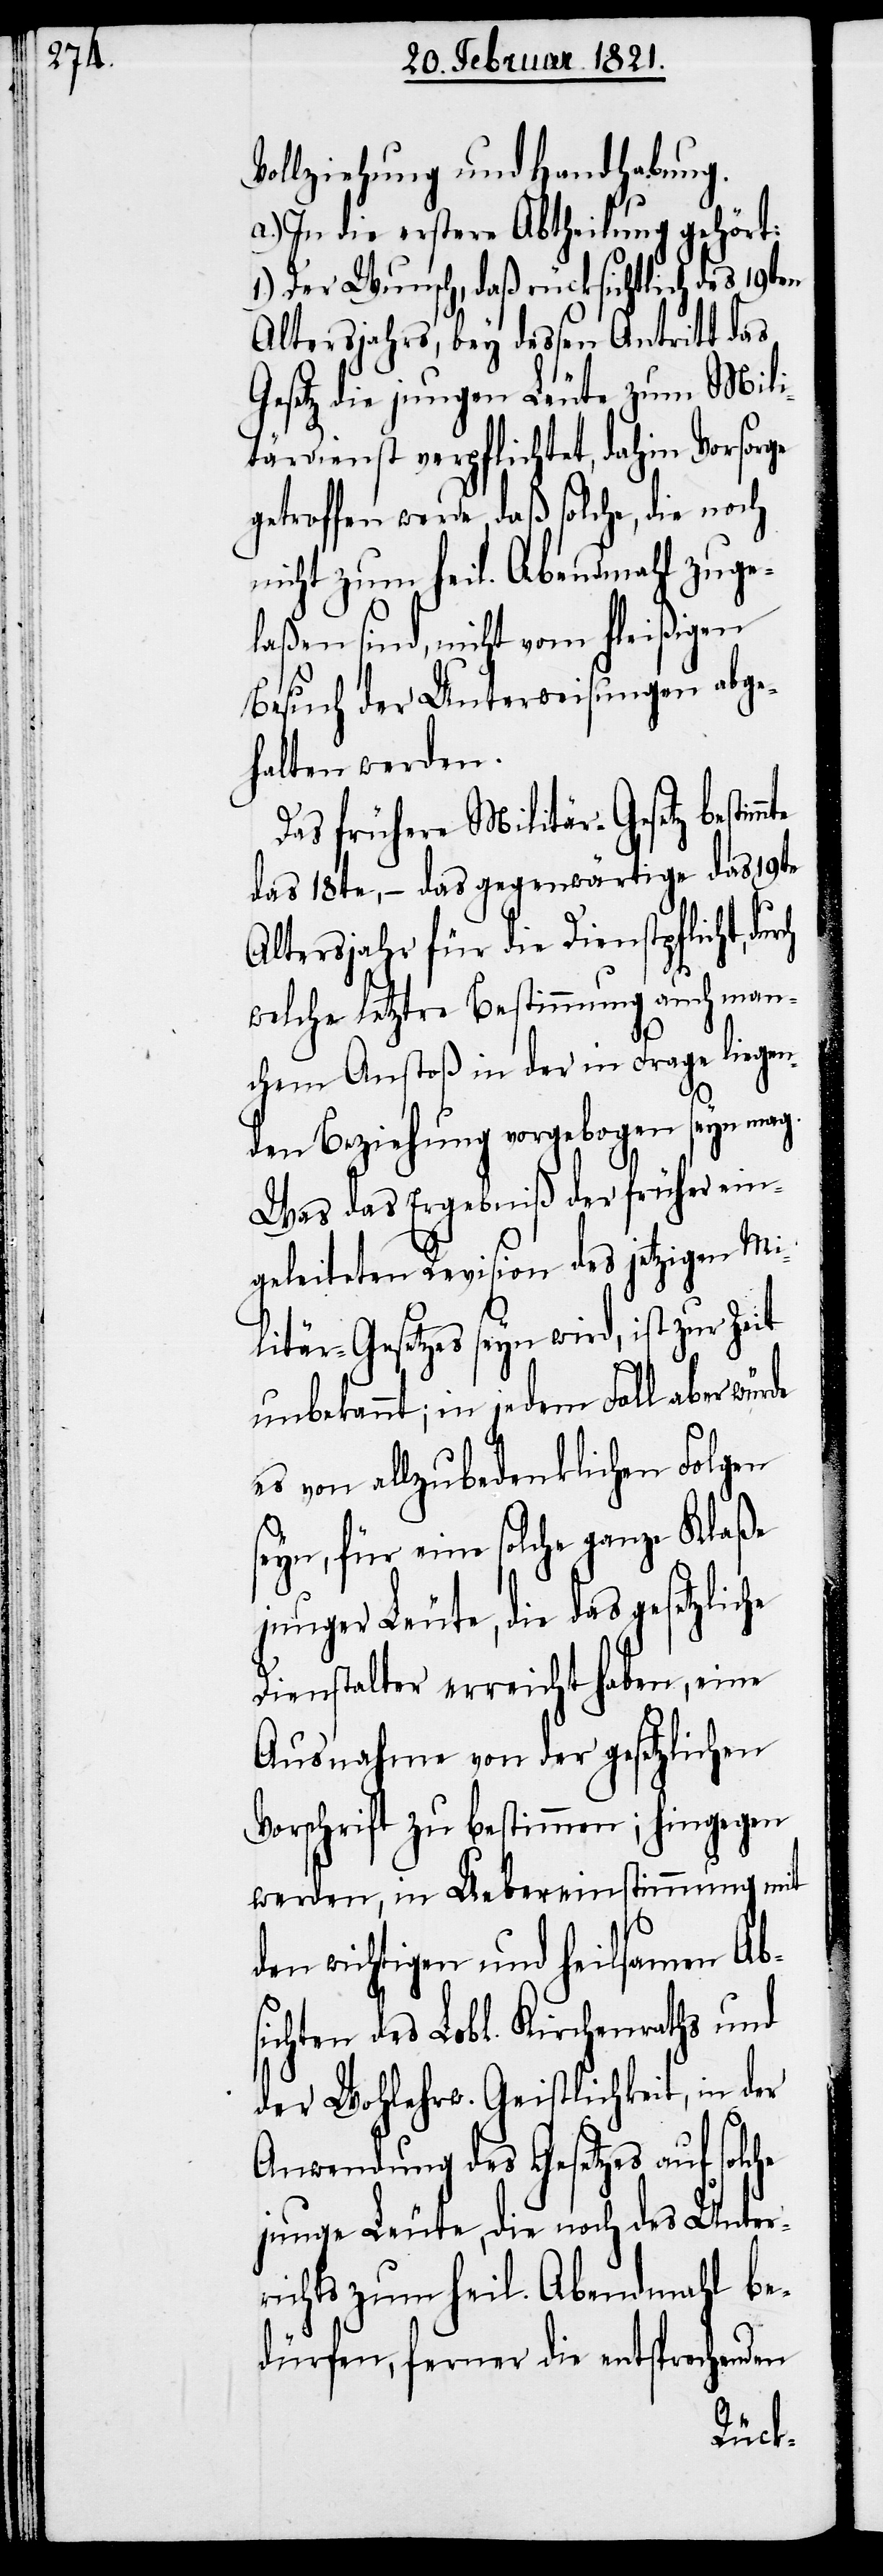
Vollziehung und Handhabung.
a.) In die erste Abtheilung gehört:
1.) Der Wunsch, daß rücksichtlich des 19ten
Altersjahrs, bey dessen Antritt das
Gesetz die jungen Leute zu Mili¬
tärdienst verpflichtet, dahin Vorsoge
getroffen werde, daß solche, die noch
nicht zum heil. Abendmahl zuge¬
laßen sind, nicht vom fleißigen
Besuch der Unterweisungen abge¬
halten werden.
Das frühere Militär-Gesetz bestim¬
das 18te, – das gegenwärtige das 19te
Altersjahr für die Dienstpflicht,
welche letztere Bestimmung auch man¬
chem Anstoß in der in Frage liegen¬
den Beziehung vorgebogen seyn mag.
Was das Ergebniß der früher ein¬
geleiteten Revision des jetzigen Mi¬
litär-Gesetzes seyn wird, ist zur Zeit
unbekannt; in jedem Fall aber würde
es von allzubedenklichen Folgen
seyn, für eine solche ganze Klaße
junger Leute, die das gesetzliche
Dienstalter erreicht haben, eine
Ausnahme von der gesetzlichen
Vorschrift zu bestimmen; hingegen
werden, in Uebereinstimmung mit
den wichtigen und heilsamen Ab¬
sichten des Lobl. Kirchenraths und
der Wohlerw. Geistlichkeit, in der
Anwendung des Gesetzes auf solche
junge Leute, die noch des Unter¬
richts zum heil. Abendmahl be¬
dürfen, ferner die entsprechenden
mte